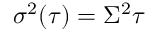
\sigma ^ { 2 } ( \tau ) = \Sigma ^ { 2 } \tau